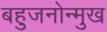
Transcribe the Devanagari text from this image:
बहुजनोन्मुख